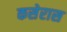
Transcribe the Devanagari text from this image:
कसेरास